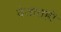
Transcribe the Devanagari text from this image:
देतातही